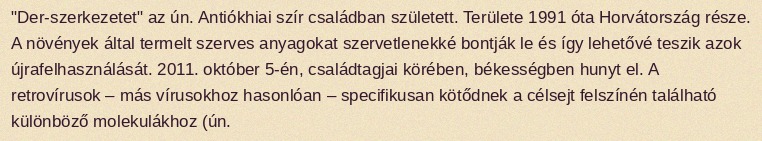
"Der-szerkezetet" az ún. Antiókhiai szír családban született. Területe 1991 óta Horvátország része. A növények által termelt szerves anyagokat szervetlenekké bontják le és így lehetővé teszik azok újrafelhasználását. 2011. október 5-én, családtagjai körében, békességben hunyt el. A retrovírusok – más vírusokhoz hasonlóan – specifikusan kötődnek a célsejt felszínén található különböző molekulákhoz (ún.